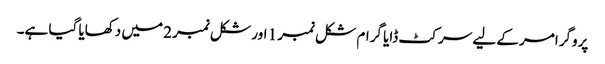
پروگرامر کے لیے سرکٹ ڈایا گرام شکل نمبر 1 اور شکل نمبر 2 میں دکھایا گیا ہے۔